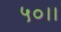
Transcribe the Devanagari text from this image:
५०।।